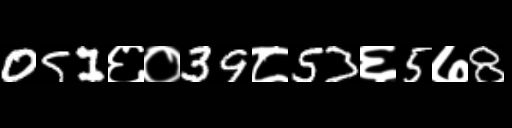
Text: 051६०39८53६5७8